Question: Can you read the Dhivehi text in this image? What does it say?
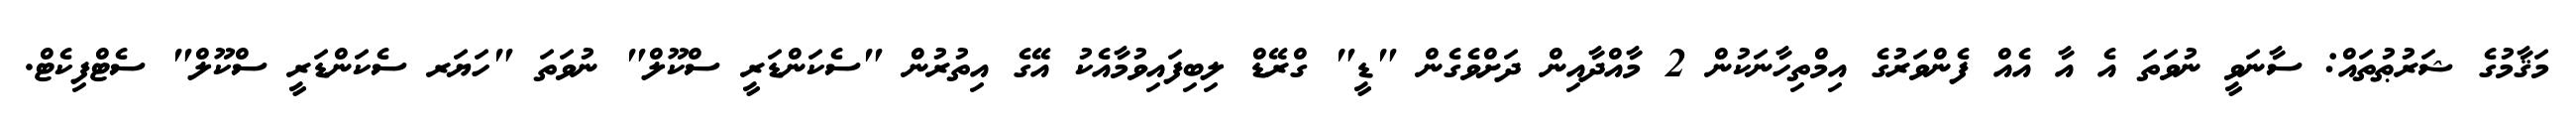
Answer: މަޤާމުގެ ޝަރުޠުތައް: ސާނަވީ ނުވަތަ އެ އާ އެއް ފެންވަރުގެ އިމްތިހާނަކުން 2 މާއްދާއިން ދަށްވެގެން "ޑީ" ގްރޭޑް ލިބިފައިވުމާއެކު އޭގެ އިތުރުން "ސެކަންޑަރީ ސްކޫލް" ނުވަތަ "ހަޔަރ ސެކަންޑަރީ ސްކޫލް" ސެޓްފިކެޓް.